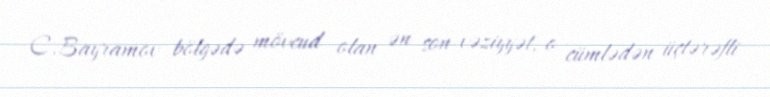
C.Bayramov bölgədə mövcud olan ən son vəziyyət, o cümlədən üçtərəfli